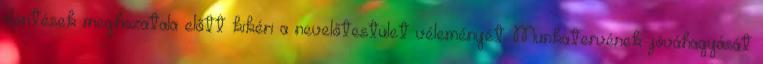
döntések meghozatala előtt kikéri a nevelőtestület véleményét. Munkatervének jóváhagyását